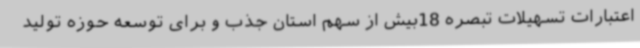
اعتبارات تسهیلات تبصره 18بیش از سهم استان جذب و برای توسعه حوزه تولید